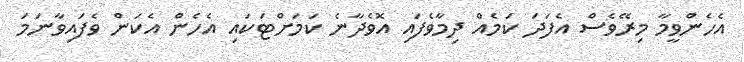
އެހެންވީމާ މިރޭވެސް އެފަދަ ކަމެއް ދިމާވެފައި އޮވެދާނެ ކަމަށްޓަކައި އެހެން އެކަން ވެފައިވާނަމަ